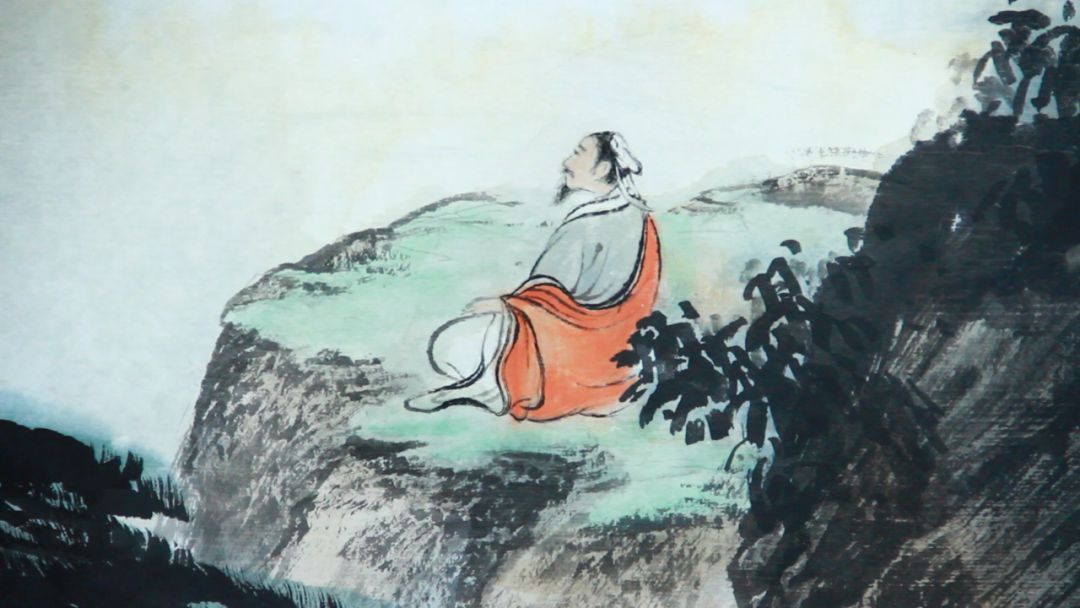
积土成山，风雨兴焉积水成渊，蛟龙生焉